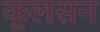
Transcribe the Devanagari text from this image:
कूलसन